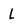
Character: L